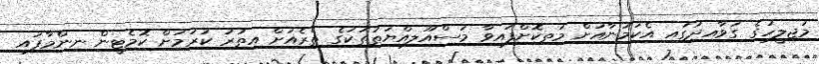
މަޖިލީހުގެ ގަވާއިދުގައި އެކަމަނާއަށް މަތިކޮށްފައިވާ މަސްއޫލިއްޔަތުތަކުގެ ތެރެއަށް އިތުރު ކުރުމަށް ކޮމެޓީން ނިންމާފައި